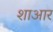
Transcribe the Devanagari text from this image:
शाआर